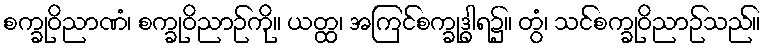
စက္ခုဝိညာဏံ၊ စက္ခုဝိညာဉ်ကို။ ယတ္ထ၊ အကြင်စက္ခုဒွါရ၌။ တွံ၊ သင်စက္ခုဝိညာဉ်သည်။